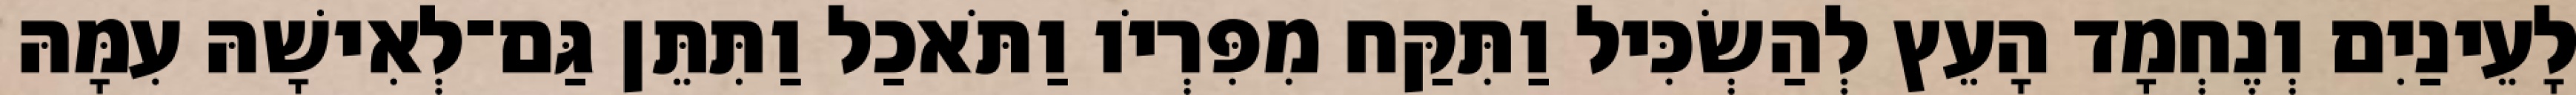
לָעֵינַיִם וְנֶחְמָד הָעֵץ לְהַשְׂכִּיל וַתִּקַּח מִפִּרְיֹו וַתֹּאכַל וַתִּתֵּן גַּם־לְאִישָׁהּ עִמָּהּ